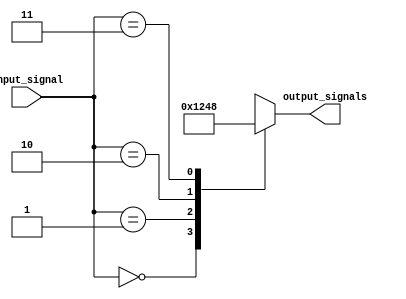
module decoder_2to4(
    input [1:0] input_signal,
    output reg [3:0] output_signals
);

always @*
begin
    case(input_signal)
        2'b00: output_signals = 4'b0001;
        2'b01: output_signals = 4'b0010;
        2'b10: output_signals = 4'b0100;
        2'b11: output_signals = 4'b1000;
        default: output_signals = 4'b0000;
    endcase
end

endmodule